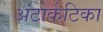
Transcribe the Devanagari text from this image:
अंटार्कटिका